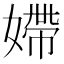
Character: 𡠹